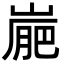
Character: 𡺮